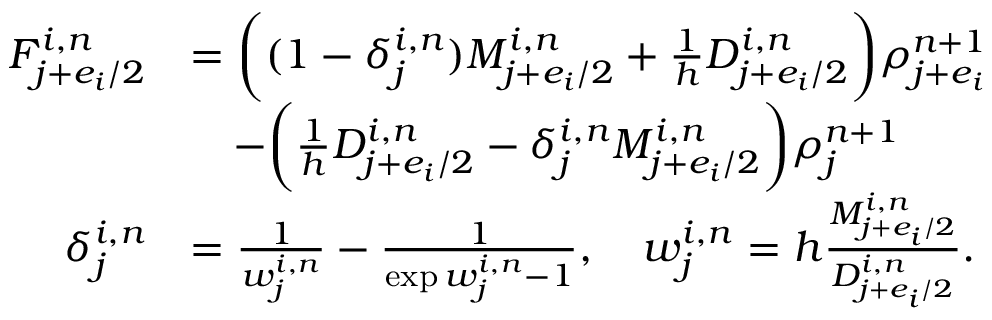
\begin{array} { r l } { F _ { j + e _ { i } / 2 } ^ { i , n } } & { = \bigg ( ( 1 - \delta _ { j } ^ { i , n } ) M _ { j + e _ { i } / 2 } ^ { i , n } + \frac { 1 } { h } D _ { j + e _ { i } / 2 } ^ { i , n } \bigg ) \rho _ { j + e _ { i } } ^ { n + 1 } } \\ & { \quad - \bigg ( \frac { 1 } { h } D _ { j + e _ { i } / 2 } ^ { i , n } - \delta _ { j } ^ { i , n } M _ { j + e _ { i } / 2 } ^ { i , n } \bigg ) \rho _ { j } ^ { n + 1 } } \\ { \delta _ { j } ^ { i , n } } & { = \frac { 1 } { w _ { j } ^ { i , n } } - \frac { 1 } { \exp w _ { j } ^ { i , n } - 1 } , \quad w _ { j } ^ { i , n } = h \frac { M _ { j + e _ { i } / 2 } ^ { i , n } } { D _ { j + e _ { i } / 2 } ^ { i , n } } . } \end{array}